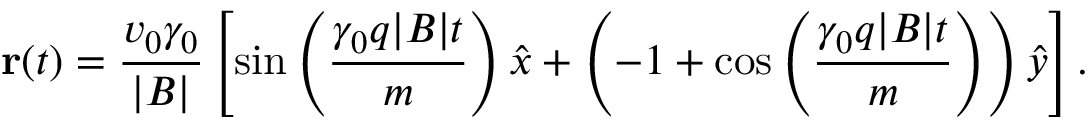
\mathbf { r } ( t ) = \frac { v _ { 0 } \gamma _ { 0 } } { | B | } \left[ \sin \left( \frac { \gamma _ { 0 } q | B | t } { m } \right) \hat { x } + \left( - 1 + \cos \left( \frac { \gamma _ { 0 } q | B | t } { m } \right) \right) \hat { y } \right] .